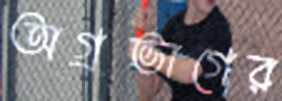
অগ্রভাগের